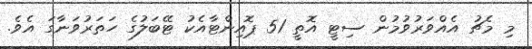
މި މެޗު އެއްވަރުވުމުން ސިޓީ އޮތީ 51 ޕޮއިންޓާއެކު ޓޭބަލުގެ ހަތަރުވަނާގަ އެވެ.